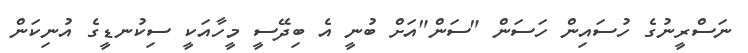
ނަސްރީނުގެ ހުސައިން ހަސަން "ސަން"އަށް ބުނީ އެ ބިދޭސީ މީހާއަކީ ސިކުނޑީގެ އުނިކަން